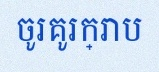
ចូរគូរក្រាប